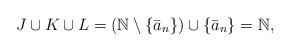
LaTeX: \begin{align*}J \cup K \cup L &= (\mathbb{N}\setminus \{\bar{a}_n\})\cup \{\bar{a}_n\} = \mathbb{N},\end{align*}